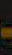
-